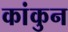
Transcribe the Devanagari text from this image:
कांकुन